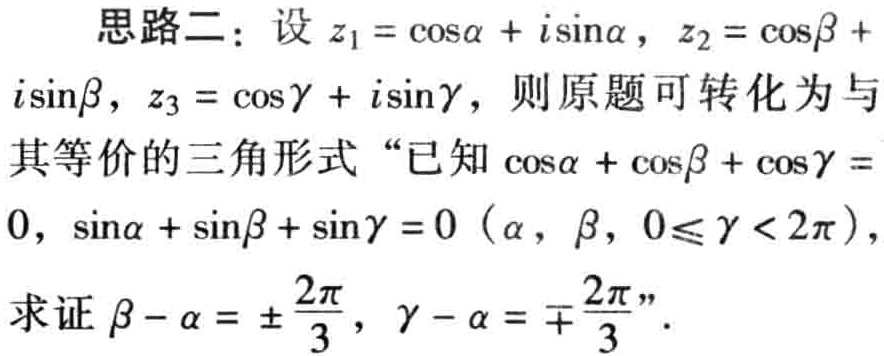
思路二：设\(z_1 = \cos\alpha + i\sin\alpha\)，\(z_2 = \cos\beta + i\sin\beta\)，\(z_3 = \cos\gamma + i\sin\gamma\)，则原题可转化为与其等价的三角形式“已知\(\cos\alpha + \cos\beta + \cos\gamma = 0\)，\(\sin\alpha + \sin\beta + \sin\gamma = 0\)（\(\alpha\)，\(\beta\)，\(0\leqslant\gamma < 2\pi\)），求证\(\beta - \alpha = \pm\frac{2\pi}{3}\)，\(\gamma - \alpha = \mp\frac{2\pi}{3}\)”。